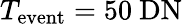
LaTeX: {T_{\mathrm{event}}=50\ \mathrm{{DN}}}